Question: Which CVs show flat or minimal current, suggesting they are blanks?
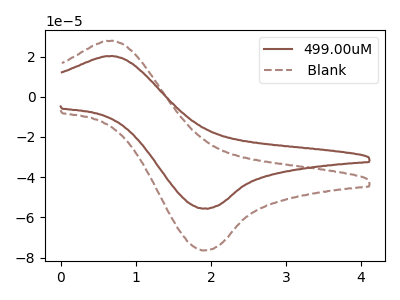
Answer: <think>The brown curve "499.00uM" has an anodic peak at (0.65V, 20.20uA) and a cathodic peak at (1.90V, -55.55uA). The brown dashed curve " Blank" has an anodic peak at (0.65V, 27.80uA) and a cathodic peak at (1.90V, -76.35uA).</think>
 <answer>There are not any CV's on this graph that are likely to be blanks.</answer>
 <eval>none</eval>